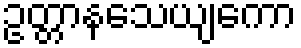
ဥတ္တာနသေယျကော